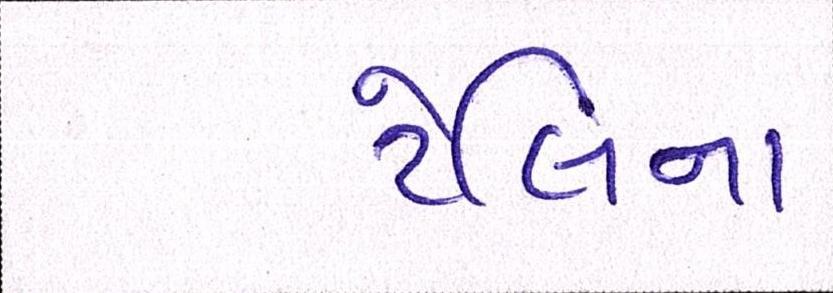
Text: ટેલિના